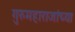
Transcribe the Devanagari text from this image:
गुरुमहाराजांच्या